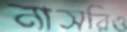
নাসরিও